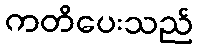
ကတိပေးသည်